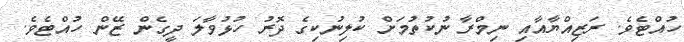
ހުއްޓެވެ. ރަޒިއްޔާއާއި ނިމްރާ ނުކުތުމަށް ކުލިނުކިގެ ދޮރު ހުޅުވާލަ ދީގެން ޒޭން ހުއްޓެވެ.